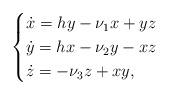
LaTeX: \begin{align*}\begin{cases}\dot{x}=hy-\nu_{1}x+yz\\\dot{y}=hx-\nu_{2}y-xz\\\dot{z}=-\nu_{3}z+xy,\end{cases}\end{align*}